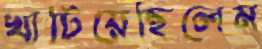
খাটিয়েছিলেম